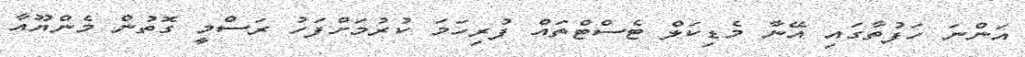
އަންނަ ހަފުތާގައި އޭނާ މެޑިކަލް ޓެސްޓްތައް ފުރިހަމަ ކުރުމަށްފަހު ރަސްމީ ގޮތުން މެންޔޫއާ